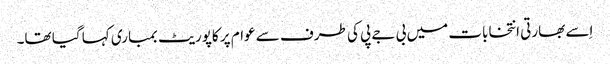
اِسے بھارتی انتخابات میں بی جے پی کی طرف سے عوام پر کاپوریٹ بمباری کہا گیا تھا۔